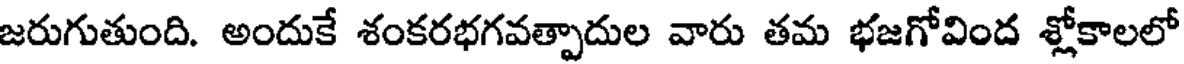
జరుగుతుంది. అందుకే శంకరభగవత్పాదుల వారు తమ భజగోవింద శ్లోకాలలో